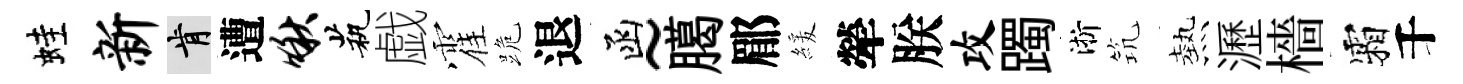
蛙新肯遭啾茕戯霍跪退函~臈郿緩犖朕攻躅淅𥬑熱瀝檣霜千